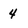
Character: 4